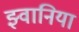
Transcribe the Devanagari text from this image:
झ्वानिया